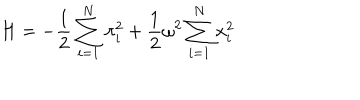
H = - { \frac { 1 } { 2 } } \sum _ { i = 1 } ^ { N } \pi _ { i } ^ { 2 } + { \frac { 1 } { 2 } } \omega ^ { 2 } \sum _ { i = 1 } ^ { N } x _ { i } ^ { 2 }